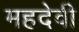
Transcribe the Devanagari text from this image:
महदेवी